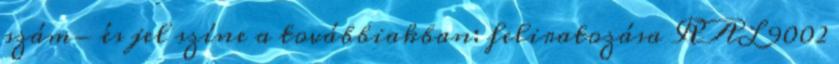
szám- és jel színe a továbbiakban: feliratozása RAL 9002